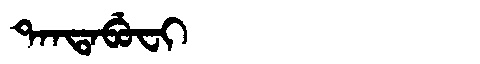
Manchu: ᡨᠠᠨᡨᠠᠪᡠᠸᡳ
Romanization: TANTABUFI